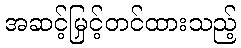
အဆင့်မြှင့်တင်ထားသည့်